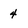
Character: 4